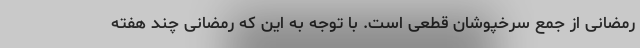
رمضانی از جمع سرخپوشان قطعی است. با توجه به این که رمضانی چند هفته